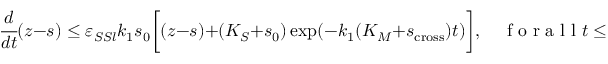
\cfrac { d } { d t } ( z - s ) \leq \varepsilon _ { S S l } k _ { 1 } s _ { 0 } \bigg [ ( z - s ) + ( K _ { S } + s _ { 0 } ) \exp ( - k _ { 1 } ( K _ { M } + s _ { \mathrm { c r o s s } } ) t ) \bigg ] , \quad \mathrm { ~ f ~ o ~ r ~ a ~ l ~ l ~ } t \leq t _ { \mathrm { c r o s s } } .